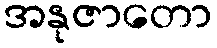
အနုဇာတော